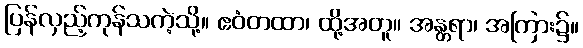
ပြန်လှည့်ကုန်သကဲ့သို့။ ဧဝံတထာ၊ ထို့အတူ။ အန္တရာ၊ အကြား၌။